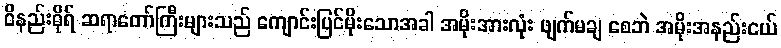
ဝိနည်းဓိုရ် ဆရာတော်ကြီးများသည် ကျောင်းပြင်မိုးသောအခါ အမိုးအားလုံး ဖျက်မချ စေဘဲ အမိုးအနည်းငယ်